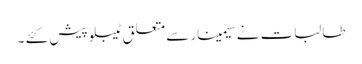
طالبات نے سیمینار سے متعلق ٹیبلو پیش کئے ۔